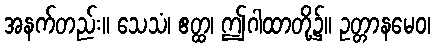
အနက်တည်း။ သေသံ၊ ဧတ္ထ၊ ဤဂါထာတို့၌။ ဥတ္တာနမေဝ၊